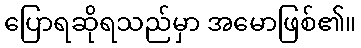
ပြောရဆိုရသည်မှာ အမောဖြစ်၏။